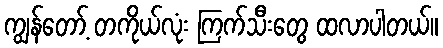
ကျွန်တော့် တကိုယ်လုံး ကြက်သီးတွေ ထလာပါတယ်။